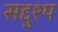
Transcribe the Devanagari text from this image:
सद्दुश्य